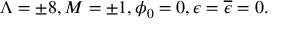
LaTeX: \Lambda = \pm 8 , M = \pm 1 , \phi _ { 0 } = 0 , \epsilon = { \overline { { \epsilon } } } = 0 .